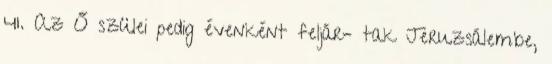
41. Az Ő szülei pedig évenként feljár− tak Jeruzsálembe,